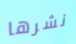
نشرها